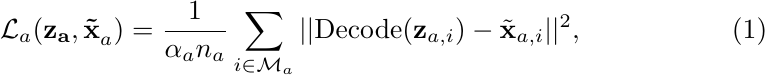
\begin{equation}
\mathcal L_a(\mathbf{\mathbf{z}_a, \tilde{x}}_a) = \frac{1}{\alpha_a n_a} \sum_{i \in \mathcal{M}_a} || \text{Decode}(\mathbf{z}_{a, i}) - \tilde{\mathbf{x}}_{a, i} ||^{2},
\label{eq:reconstruction}
\end{equation}